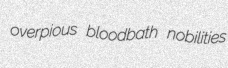
overpious bloodbath nobilities